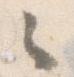
々